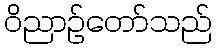
ဝိညာဉ်တော်သည်